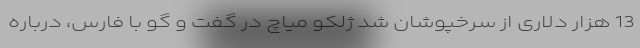
13 هزار دلاری از سرخپوشان شد ژلکو میاچ در گفت و گو با فارس، درباره